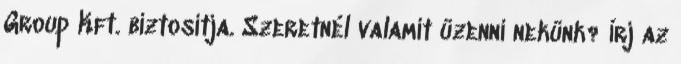
Group Kft. biztosítja. Szeretnél valamit üzenni nekünk? Írj az